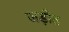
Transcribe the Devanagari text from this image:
जड़ीत